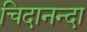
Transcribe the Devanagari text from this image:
चिदानन्दा